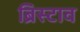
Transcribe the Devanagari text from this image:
ब्रिस्टाव